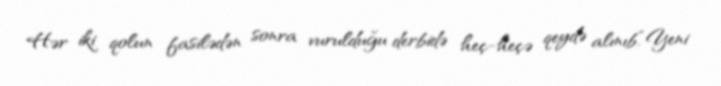
Hər iki qolun fasilədən sonra vurulduğu derbidə heç-heçə qeydə alınıb.“Yeni